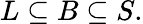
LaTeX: L\subseteq B\subseteq S.